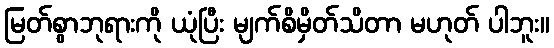
မြတ်စွာဘုရားကို ယုံပြီး မျက်စိမှိတ်သိတာ မဟုတ် ပါဘူး။